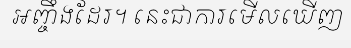
អញ្ចឹងដែរ។ នេះជាការមើលឃើញ